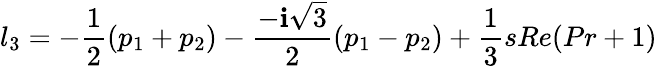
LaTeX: l_{3}=-\frac{1}{2}(p_{1}+p_{2})-\frac{-\textbf{i}\sqrt{3}}{2}(p_{1}-p_{2})+\frac{1}{3}sRe(Pr+1)